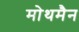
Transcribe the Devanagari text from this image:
मोथमैन